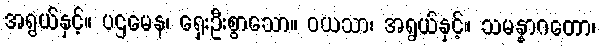
အရွယ်နှင့်။ ပဌမေန၊ ရှေးဦးစွာသော။ ဝယသာ၊ အရွယ်နှင့်။ သမန္နာဂတော၊